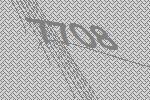
7708